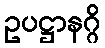
ဥပဋ္ဌာနဂ္ဂိ